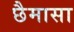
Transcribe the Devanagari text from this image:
छैमासा